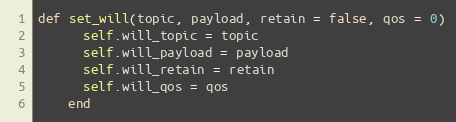
Language: Ruby
def set_will(topic, payload, retain = false, qos = 0)
      self.will_topic = topic
      self.will_payload = payload
      self.will_retain = retain
      self.will_qos = qos
    end